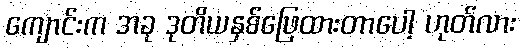
ကျောင်းက အခု ဒုတိယနှစ်ဖြေထားတာပေါ့ ဟုတ်လား